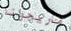
ماريجوانا